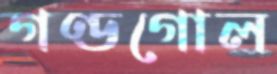
গণ্ডগোল